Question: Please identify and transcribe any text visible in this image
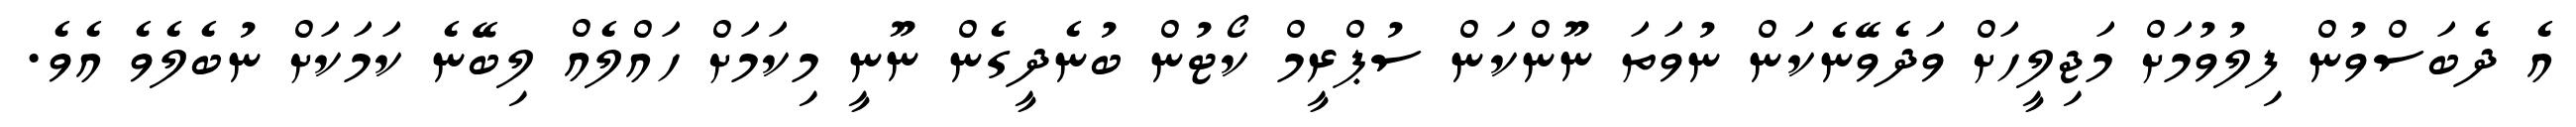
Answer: އެ ދެބަސްވުން ފިލުވުމަށް މަޖިލީހަށް ވަދެވޭނެކަން ނުވަތަ ނޫންކަން ސުޕްރީމް ކޯޓުން ބުނެދީގެން ނޫނީ މިކަމަށް ހައްލެއް ލިބޭނެ ކަމަކަށް ނުބެލެވެ އެވެ.